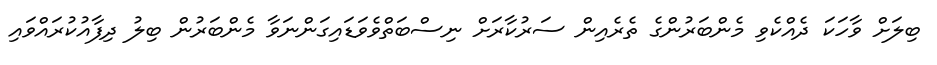
ބިލަށް ވާހަކަ ދެއްކެވި މެންބަރުންގެ ތެރެއިން ސަރުކާރަށް ނިސްބަތްވެވަޑައިގަންނަވާ މެންބަރުން ބިލު ދިފާއުކުރައްވައި